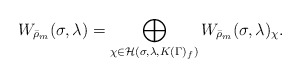
\begin{align*}W_{\bar{\rho}_m}(\sigma,\lambda)=\bigoplus_{\chi\in \mathcal{H}(\sigma,\lambda,K(\Gamma)_f)}W_{\bar{\rho}_m}(\sigma,\lambda)_{\chi}.\end{align*}